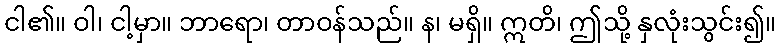
ငါ၏။ ဝါ၊ ငါ့မှာ။ ဘာရော၊ တာဝန်သည်။ န၊ မရှိ။ ဣတိ၊ ဤသို့ နှလုံးသွင်း၍။